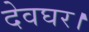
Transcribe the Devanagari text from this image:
देवघर।